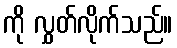
ကို လွှတ်လိုက်သည်။